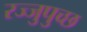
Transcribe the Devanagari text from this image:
रज्जुपुच्छ